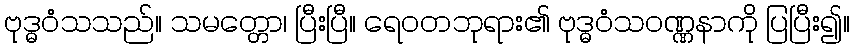
ဗုဒ္ဓဝံသသည်။ သမတ္တော၊ ပြီးပြီ။ ရေဝတဘုရား၏ ဗုဒ္ဓဝံသဝဏ္ဏနာကို ပြပြီး၍။